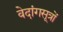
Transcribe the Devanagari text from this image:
वेदांगसूत्रों